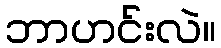
ဘာဟင်းလဲ။